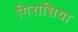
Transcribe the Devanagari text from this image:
गिरासिया